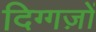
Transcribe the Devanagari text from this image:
दिग्गज़ों